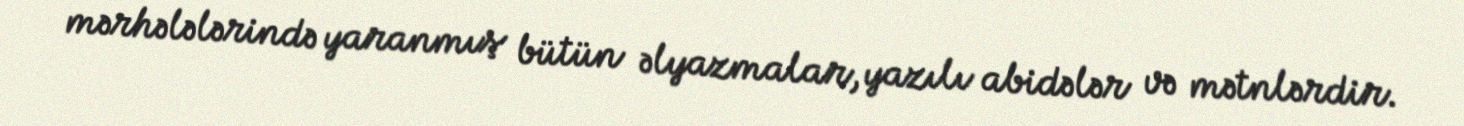
mərhələlərində yaranmış bütün əlyazmalar, yazılı abidələr və mətnlərdir.